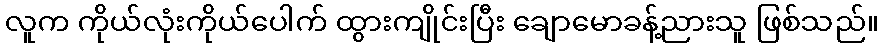
လူက ကိုယ်လုံးကိုယ်ပေါက် ထွားကျိုင်းပြီး ချောမောခန့်ညားသူ ဖြစ်သည်။